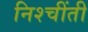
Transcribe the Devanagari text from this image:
निश्चींती